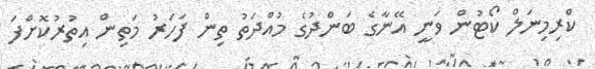
ކްރިމިނަލް ކޯޓުން ވަނީ އޭނާގެ ބަންދުގެ މުއްދަތު ތިން ފަހަރު މަތިން އިތުރުކޮށްފަ